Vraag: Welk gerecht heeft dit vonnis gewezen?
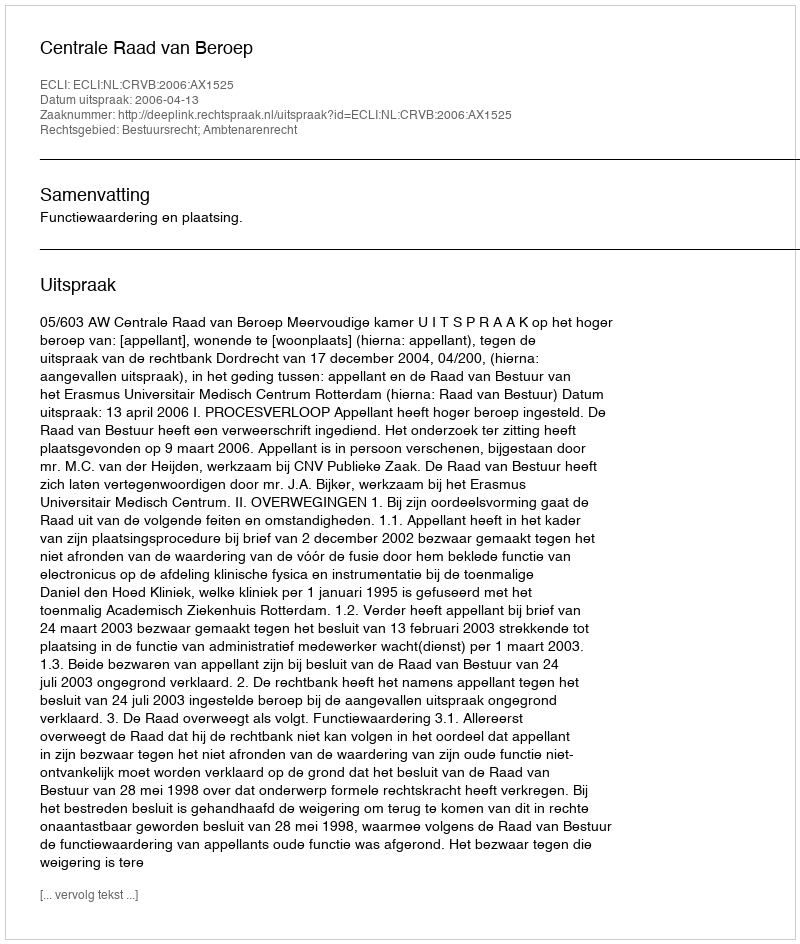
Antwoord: Centrale Raad van Beroep